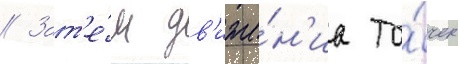
// Зат'е́м дв'иже́н'иа то́чек